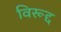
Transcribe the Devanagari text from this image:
विरूद्द